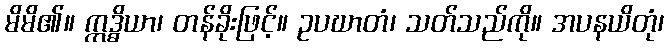
မိမိ၏။ ဣဒ္ဓိယာ၊ တန်ခိုးဖြင့်။ ဥပဃာတံ၊ သတ်သည်ကို။ အပနယိတုံ၊